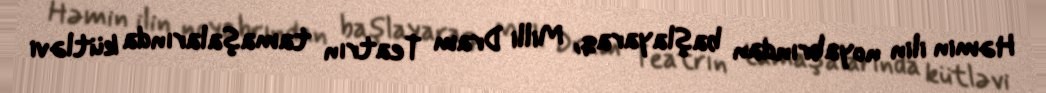
Həmin ilin noyabrından başlayaraq, Milli Dram Teatrın tamaşalarında kütləvi